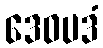
ဒေဝပဒံ